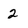
Character: 2